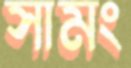
সামং